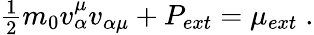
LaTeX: \begin{array}{r}{{\frac{1}{2}}m_{0}v_{\alpha}^{\mu}v_{\alpha\mu}+P_{ext}=\mu_{ext}\; .}\end{array}